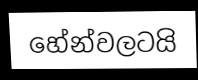
හේන්වලටයි